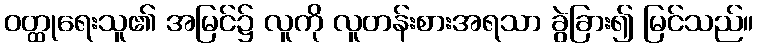
ဝတ္ထုရေးသူ၏ အမြင်၌ လူကို လူတန်းစားအရသာ ခွဲခြား၍ မြင်သည်။